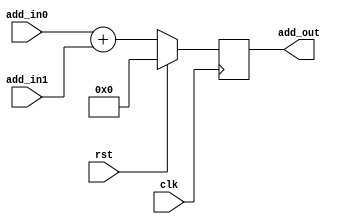
module add_516 (
    input wire clk,
    input wire rst,

    input wire [515 : 0] add_in0,
    input wire [515 : 0] add_in1,

    output reg [515 : 0] add_out
    );

    always @(posedge clk)
        if (rst)
            begin
                add_out <= 516'b0;
			end
		else
            begin
                add_out <= add_in0 + add_in1;
			end
endmodule